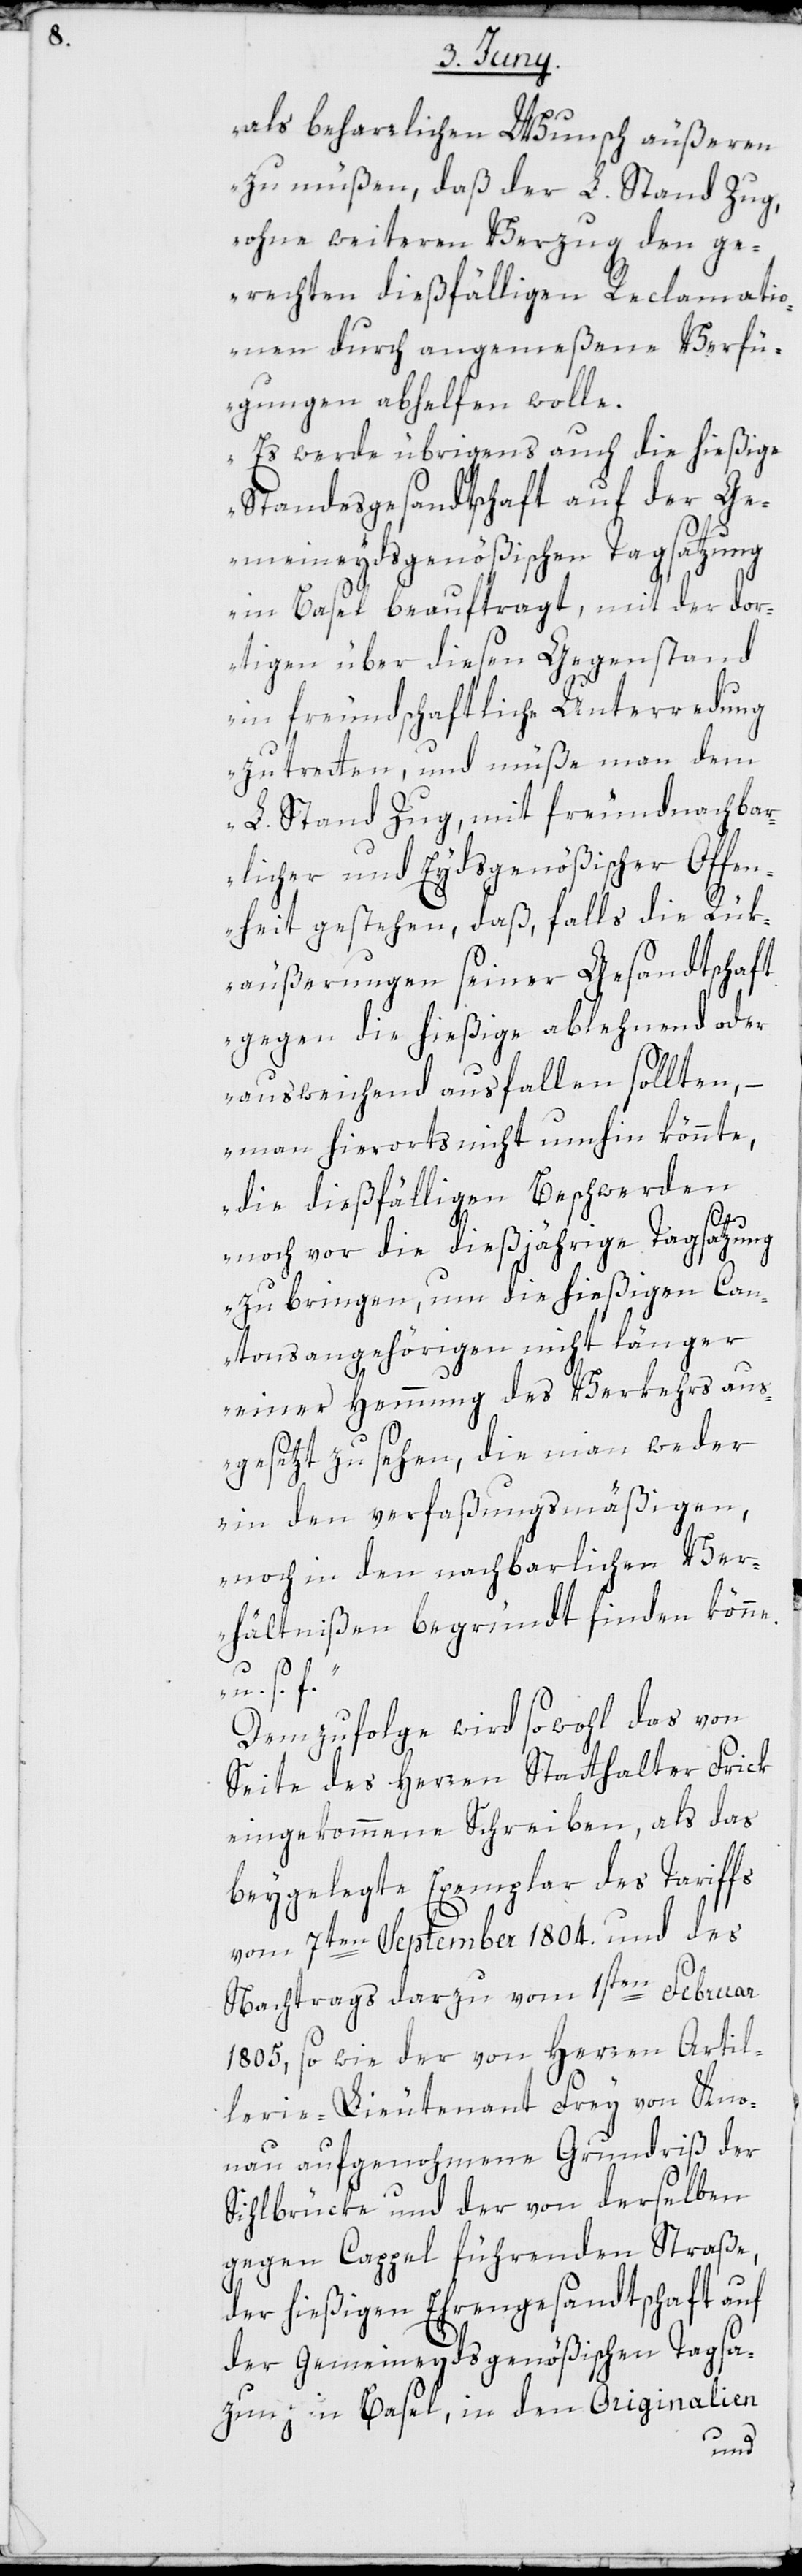
als beharrlichen Wunsch äußeren
zu müßen, daß der L. Stand Zug,
ohne weiteren Verzug den ge¬
rechten dießfälligen Reclamati¬
onen durch angemeßene Verfü¬
gungen abhelfen wolle.
Es werde übrigens auch die hießige
Standesgesandtschaft auf der Ge¬
meineydsgenößischen Tagsatzung
in Basel beauftragt, mit der do¬
rtigen über diesen Gegenstand
in freundschaftliche Unterredung
zu tretten, und müße man dem
L. Stand Zug, mit freundnachbar¬
licher und Eydsgenößischer Offen¬
heit gestehen, daß, falls die Rük¬
äußerungen seiner Gesandtschaft
gegen die hießige ablehnend oder
ausweichend ausfallen sollten, –
man hierorts nicht umhin könnte,
die dießfälligen Beschwerden
noch vor die dießjährige Tagsatzung
zu bringen, um die hießigen Can¬
tonsangehörigen nicht länger
einer Hemmung des Verkehrs aus¬
gesetzt zu sehen, die man weder
in den verfaßungsmäßigen,
noch in den nachbarlichen Ver¬
hältnißen begründt finden könne,
u. s. f.“
Demzufolge wird sowohl das von
Seite des Herren Statthalter Frick
eingekommene Schreiben, als das
beygelegte Exemplar des Tariffs
vom 7ten September 1804. und des
Nachtrags darzu vom 1sten Februar
1805, sowie der von Herren Artil¬
lerie-Lieutenant Frey von Kno¬
nau aufgenohmene Grundriß der
Sihlbrücke und der von derselben
gegen Cappel führenden Straße,
der hießigen Ehrengesandtschaft auf
der Gemeineydsgenößischen Tagsa¬
zung in Basel, in den Originalien